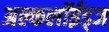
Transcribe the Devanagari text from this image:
अल्कलॉईड्‌ज